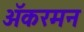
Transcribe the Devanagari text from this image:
अॅकरमन